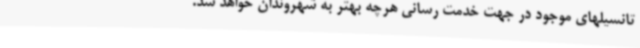
تانسیلهای موجود در جهت خدمت رسانی هرچه بهتر به شهروندان خواهد شد.